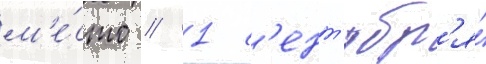
м'е́сто // 1 с'ент'ябр'я́